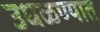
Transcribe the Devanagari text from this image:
उधळण्यात